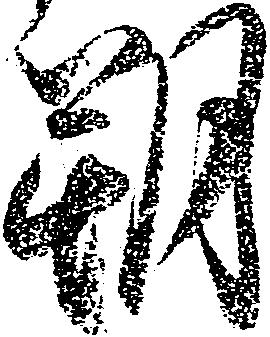
朔